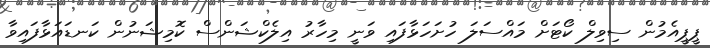
ޕީޕީއެމުން ސިވިލް ކޯޓަށް މައްސަލަ ހުށަހަޅާފައި ވަނީ މިހާރު އިލެކްޝަންސް ކޮމިޝަނުން ކަނޑައަޅާފައިވާ